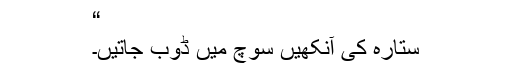
“
ستارہ کی آنکھیں سوچ میں ڈوب جاتیں۔